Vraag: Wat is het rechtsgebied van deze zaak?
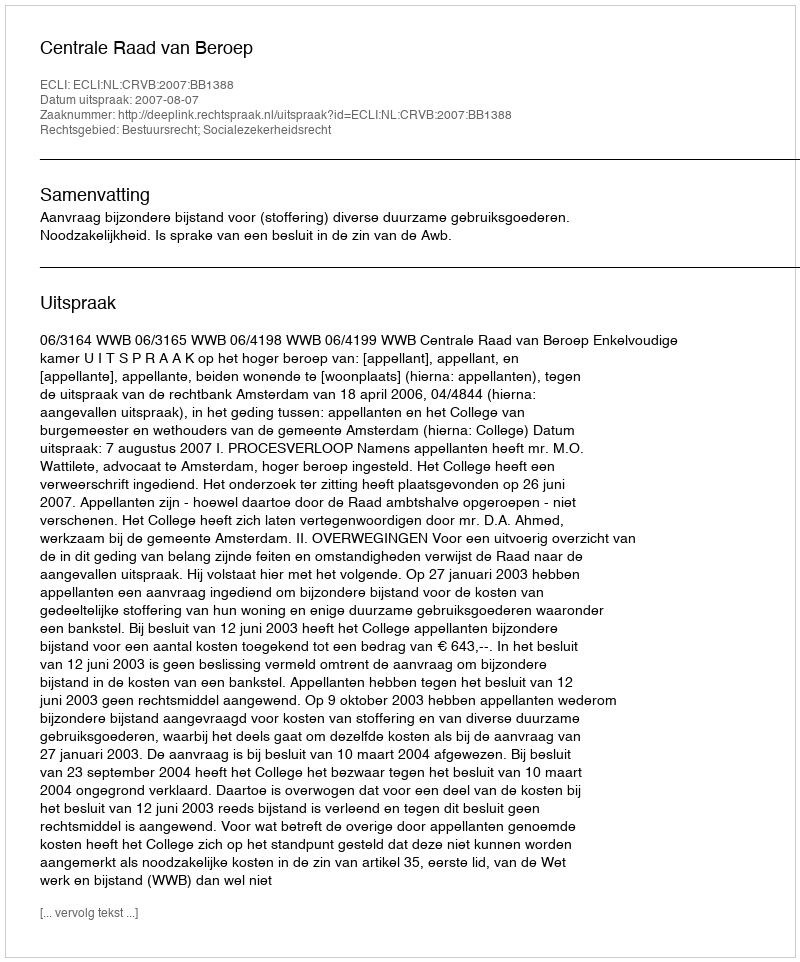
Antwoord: Bestuursrecht; Socialezekerheidsrecht